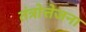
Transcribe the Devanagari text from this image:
तंत्रोत्तेजना